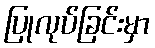
ပြုလုပ်ခြင်းမှာ